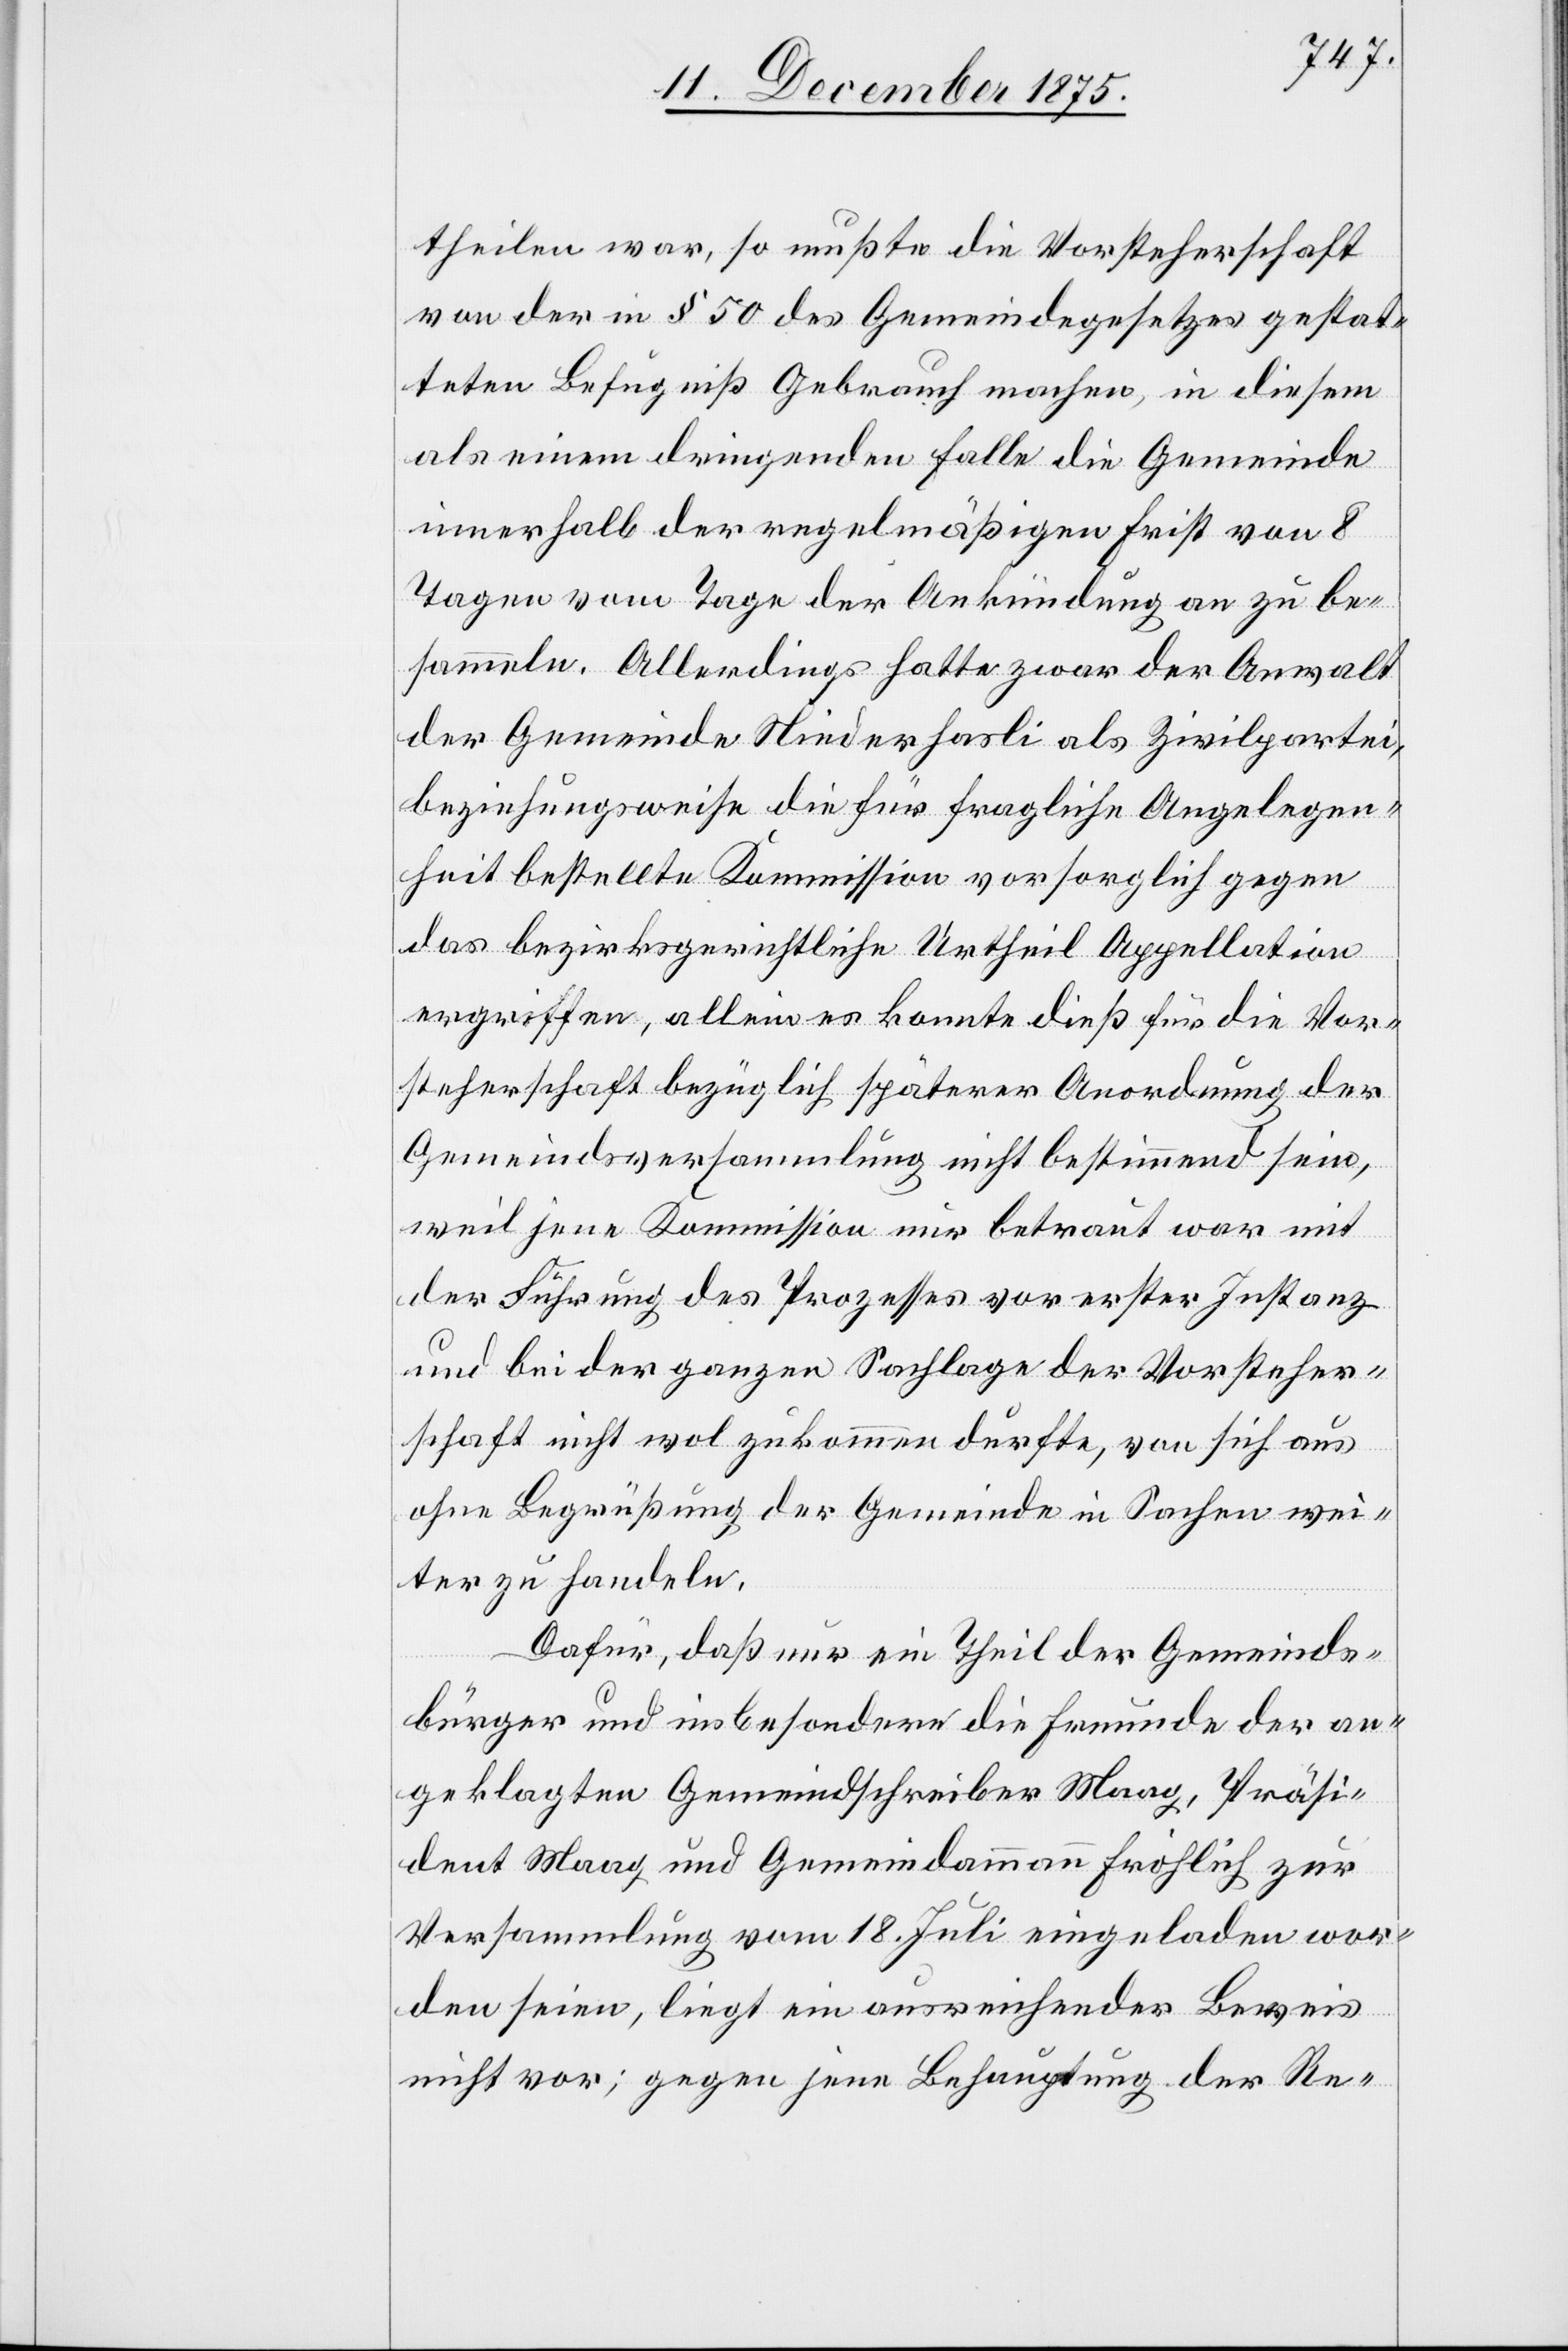
theilen war, so mußte die Vorsteherschaft
von der in § 50 des Gemeindegesetzes gestat¬
teten Befugniß Gebrauch machen, in diesem
als einem dringenden Falle die Gemeinde
innerhalb der regelmäßigen Frist von 8
Tagen vom Tage der Ankündung an zu be¬
sammeln. Allerdings hatte zwar der Anwalt
der Gemeinde Niederhasli als Zivilpartei,
beziehungsweise die für fragliche Angelegen¬
heit bestellte Kommission vorsorglich gegen
das bezirksgerichtliche Urtheil Appellation
ergriffen, allein es konnte dieß für die Vor¬
steherschaft bezüglich späterer Anordnung der
Gemeindsversammlung nicht bestimmend sein,
weil jene Kommission nur betraut war mit
der Führung des Prozesses vor erster Instanz
und bei der ganzen Sachlage der Vorsteher¬
schaft nicht wol zukommen durfte, von sich aus
ohne Begrüßung der Gemeinde in Sachen wei¬
ter zu handeln.
Dafür, daß nur ein Theil der Gemeinds¬
bürger und insbesondere die Freunde der an¬
geklagten Gemeindschreiber Maag, Präsi¬
dent Maag und Gemeindammann Fröhlich zur
Versammlung vom 18. Juli eingeladen wor¬
den seien, liegt ein ausreichender Beweis
nicht vor; gegen jene Behauptung der Re-